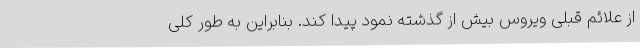
از علائم قبلی ویروس بیش از گذشته نمود پیدا کند. بنابراین به طور کلی